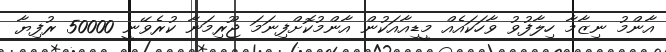
އާންމު ނިޒާމާ ހިލާފުވު ވާހަކައެއް މީޑިއާއަކުން އާންމުކޮށްފިނަމަ ޖޫރިމަނާ ކުރެވޭނީ 50000 ރުފިޔާ